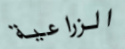
الزراعية